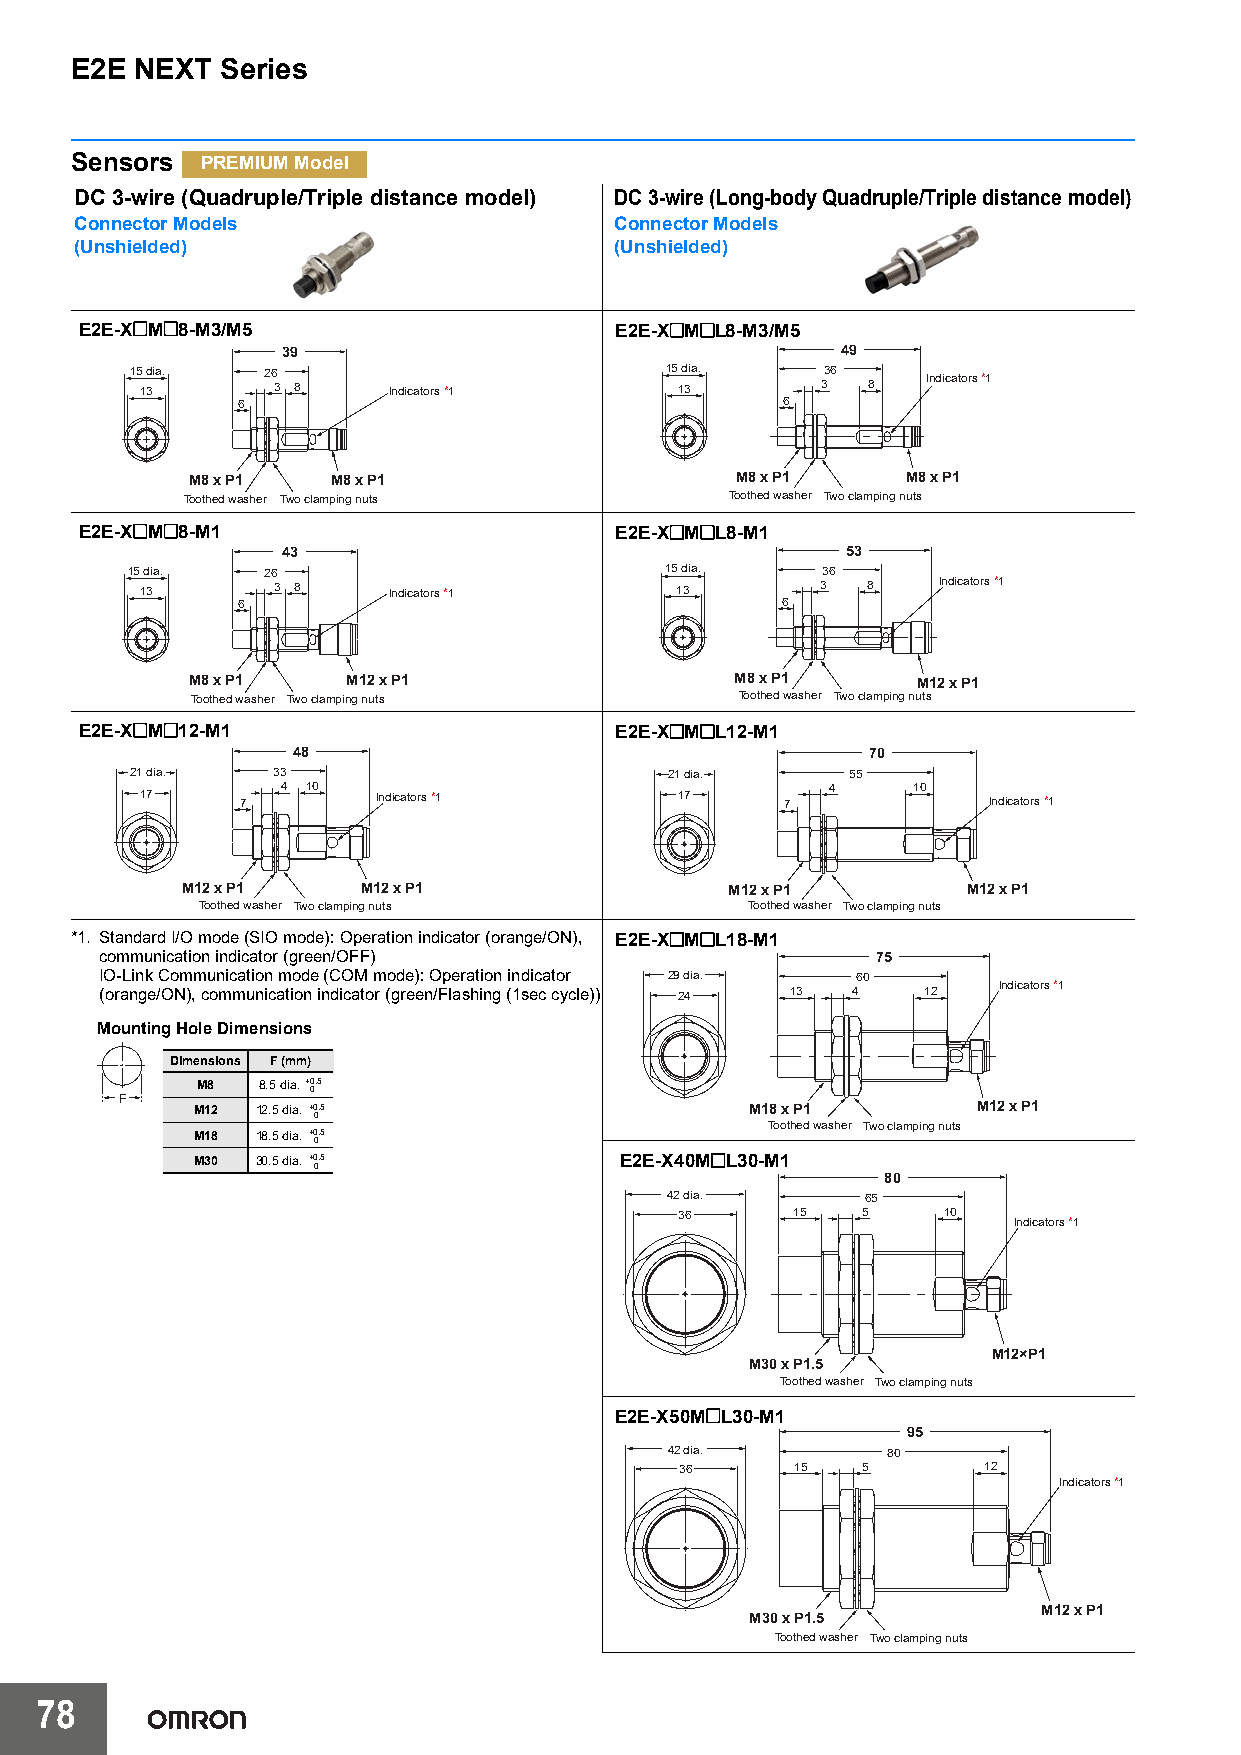
E2E NEXT  Series
 Sensors PREMIUM Model
 DC 3-wire (Quadruple/Triple distance model) DC 3-wire (Long-body Quadruple/Triple distance model)
 Connector Models                    Connector Models
 (Unshielded)                        (Unshielded)
 E2E-X@M@8-M3/M5                     E2E-X@M@L8-M3/M5
 39                                   49
 15 1 3dia. 26 3 8 Indicators *1    15 1 d 3ia. 336 8 Indicators *1
 6                                   6
 M8 x P1   M8 x P1                    M8 x P1    M8 x P1
 Toothed washer Two clamping nuts    Toothed washer Two clamping nuts
 E2E-X@M@8-M1                        E2E-X@M@L8-M1
 43                                   53
 15 dia.  26                         15 dia.   36
 13       3 8     Indicators *1      13       3  8    Indicators *1
 6                                   6
 M8 x P1    M12 x P1                  M8 x P1     M12 x P1
 Toothed washer Two clamping nuts    Toothed washer Two clamping nuts
 E2E-X@M@12-M1                       E2E-X@M@L12-M1
 48                                    70
 21 dia.  33                        21 dia.     55
 17     7  4 10  Indicators *1       17     7  4    10   Indicators *1
 M12 x P1    M12 x P1                M12 x P1        M12 x P1
 Toothed washer Two clamping nuts     Toothed washer Two clamping nuts
 *1. Standard I/O mode (SIO mode): Operation indicator (orange/ON), E2E-X@M@L18-M1
 communication indicator (green/OFF)                75
 IO-Link Communication mode (COM mode): Operation indicator 29 dia. 60
 Indicators *1
 (orange/ON), communication indicator (green/Flashing (1sec cycle)) 24 13 4 12
 Mounting Hole Dimensions
 Dimensions F (mm)
 M8  8.5 dia. +0.5
 0
 F    M12 12.5 dia. +0.5                   M18 x P1       M12 x P1
 0
 Toothed washer Two clamping nuts
 M18 18.5 dia. +0.5
 0
 M30 30.5 dia. +0.5          E2E-X40M@L30-M1
 0                                     80
 42 dia.      65
 36     15   5    10
 Indicators *1
 M12×P1
 M30 x P1.5
 Toothed washer Two clamping nuts
 E2E-X50M@L30-M1
 95
 42 dia.        80
 36      15  5       12
 Indicators *1
 M12 x P1
 M30 x P1.5
 Toothed washer Two clamping nuts
 78